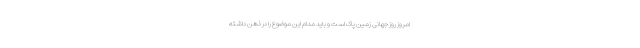
امروز روز جهانی زمین پاک است و باید مدام این موضوع را در ذهن داشته